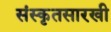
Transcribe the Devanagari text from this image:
संस्कृतसारखी